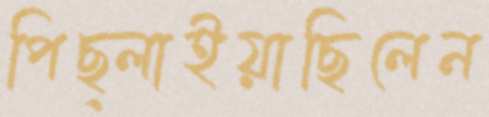
পিছ্‌লাইয়াছিলেন